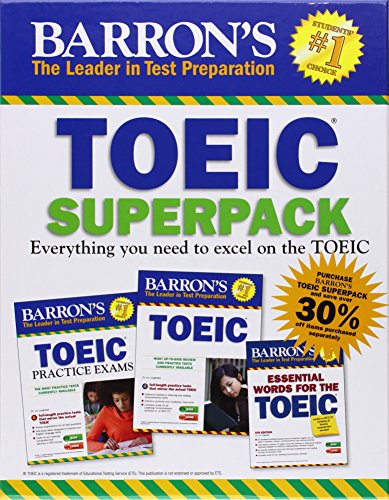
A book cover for Barron's TOEIC Superpack; Dr. Lin Lougheed; Test Preparation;